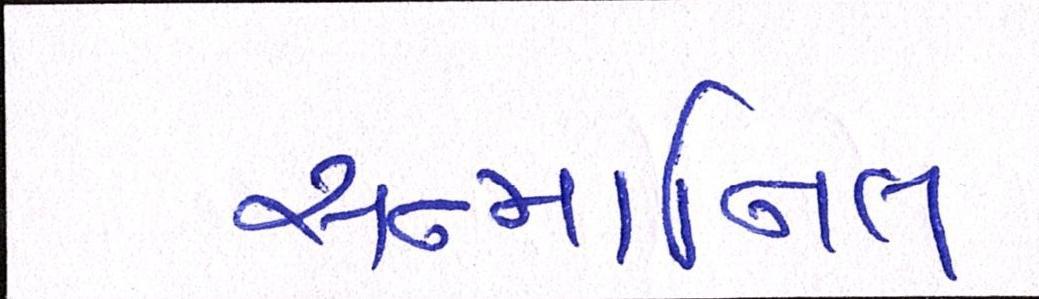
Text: સન્માનિત